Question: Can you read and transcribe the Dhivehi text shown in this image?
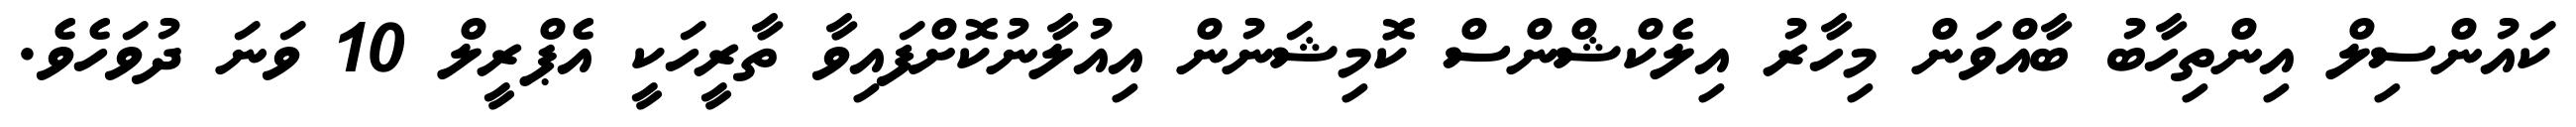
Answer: ކައުންސިލް އިންތިހާބު ބާއްވަން މިހާރު އިލެކްޝްންސް ކޮމިޝަނުން އިއުލާނުކޮށްފައިވާ ތާރީހަކީ އެޕްރީލް 10 ވަނަ ދުވަހެވެ.